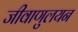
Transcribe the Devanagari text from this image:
जीवाणुलयन